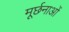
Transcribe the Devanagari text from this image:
मूर्छनाओं